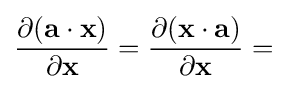
{\frac {\partial (\mathbf {a} \cdot \mathbf {x} )}{\partial \mathbf {x} }}={\frac {\partial (\mathbf {x} \cdot \mathbf {a} )}{\partial \mathbf {x} }}=